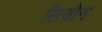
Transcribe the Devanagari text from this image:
लियौन